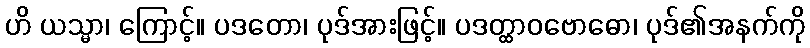
ဟိ ယသ္မာ၊ ကြောင့်။ ပဒတော၊ ပုဒ်အားဖြင့်။ ပဒတ္ထာဝဗောဓော၊ ပုဒ်၏အနက်ကို